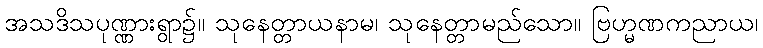
အသဒိသပုဏ္ဏားရွာ၌။ သုနေတ္တာယနာမ၊ သုနေတ္တာမည်သော။ ဗြဟ္မဏကညာယ၊